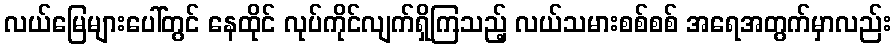
လယ်မြေများပေါ်တွင် နေထိုင် လုပ်ကိုင်လျက်ရှိကြသည့် လယ်သမားစစ်စစ် အရေအတွက်မှာလည်း